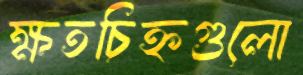
ক্ষতচিহ্নগুলো